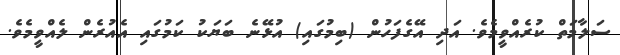
ސަލާމަތް ކުރެއްވީމެވެ. އަދި އޭގެފަހުން (ބިމުގައި) އުޅޭނެ ބަޔަކު ކަމުގައި އެއުރެން ލެއްވީމެވެ.